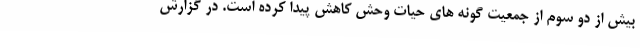
بیش از دو سوم از جمعیت گونه های حیات وحش کاهش پیدا کرده است. در گزارش